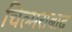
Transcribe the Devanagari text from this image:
चिल्मराबाद